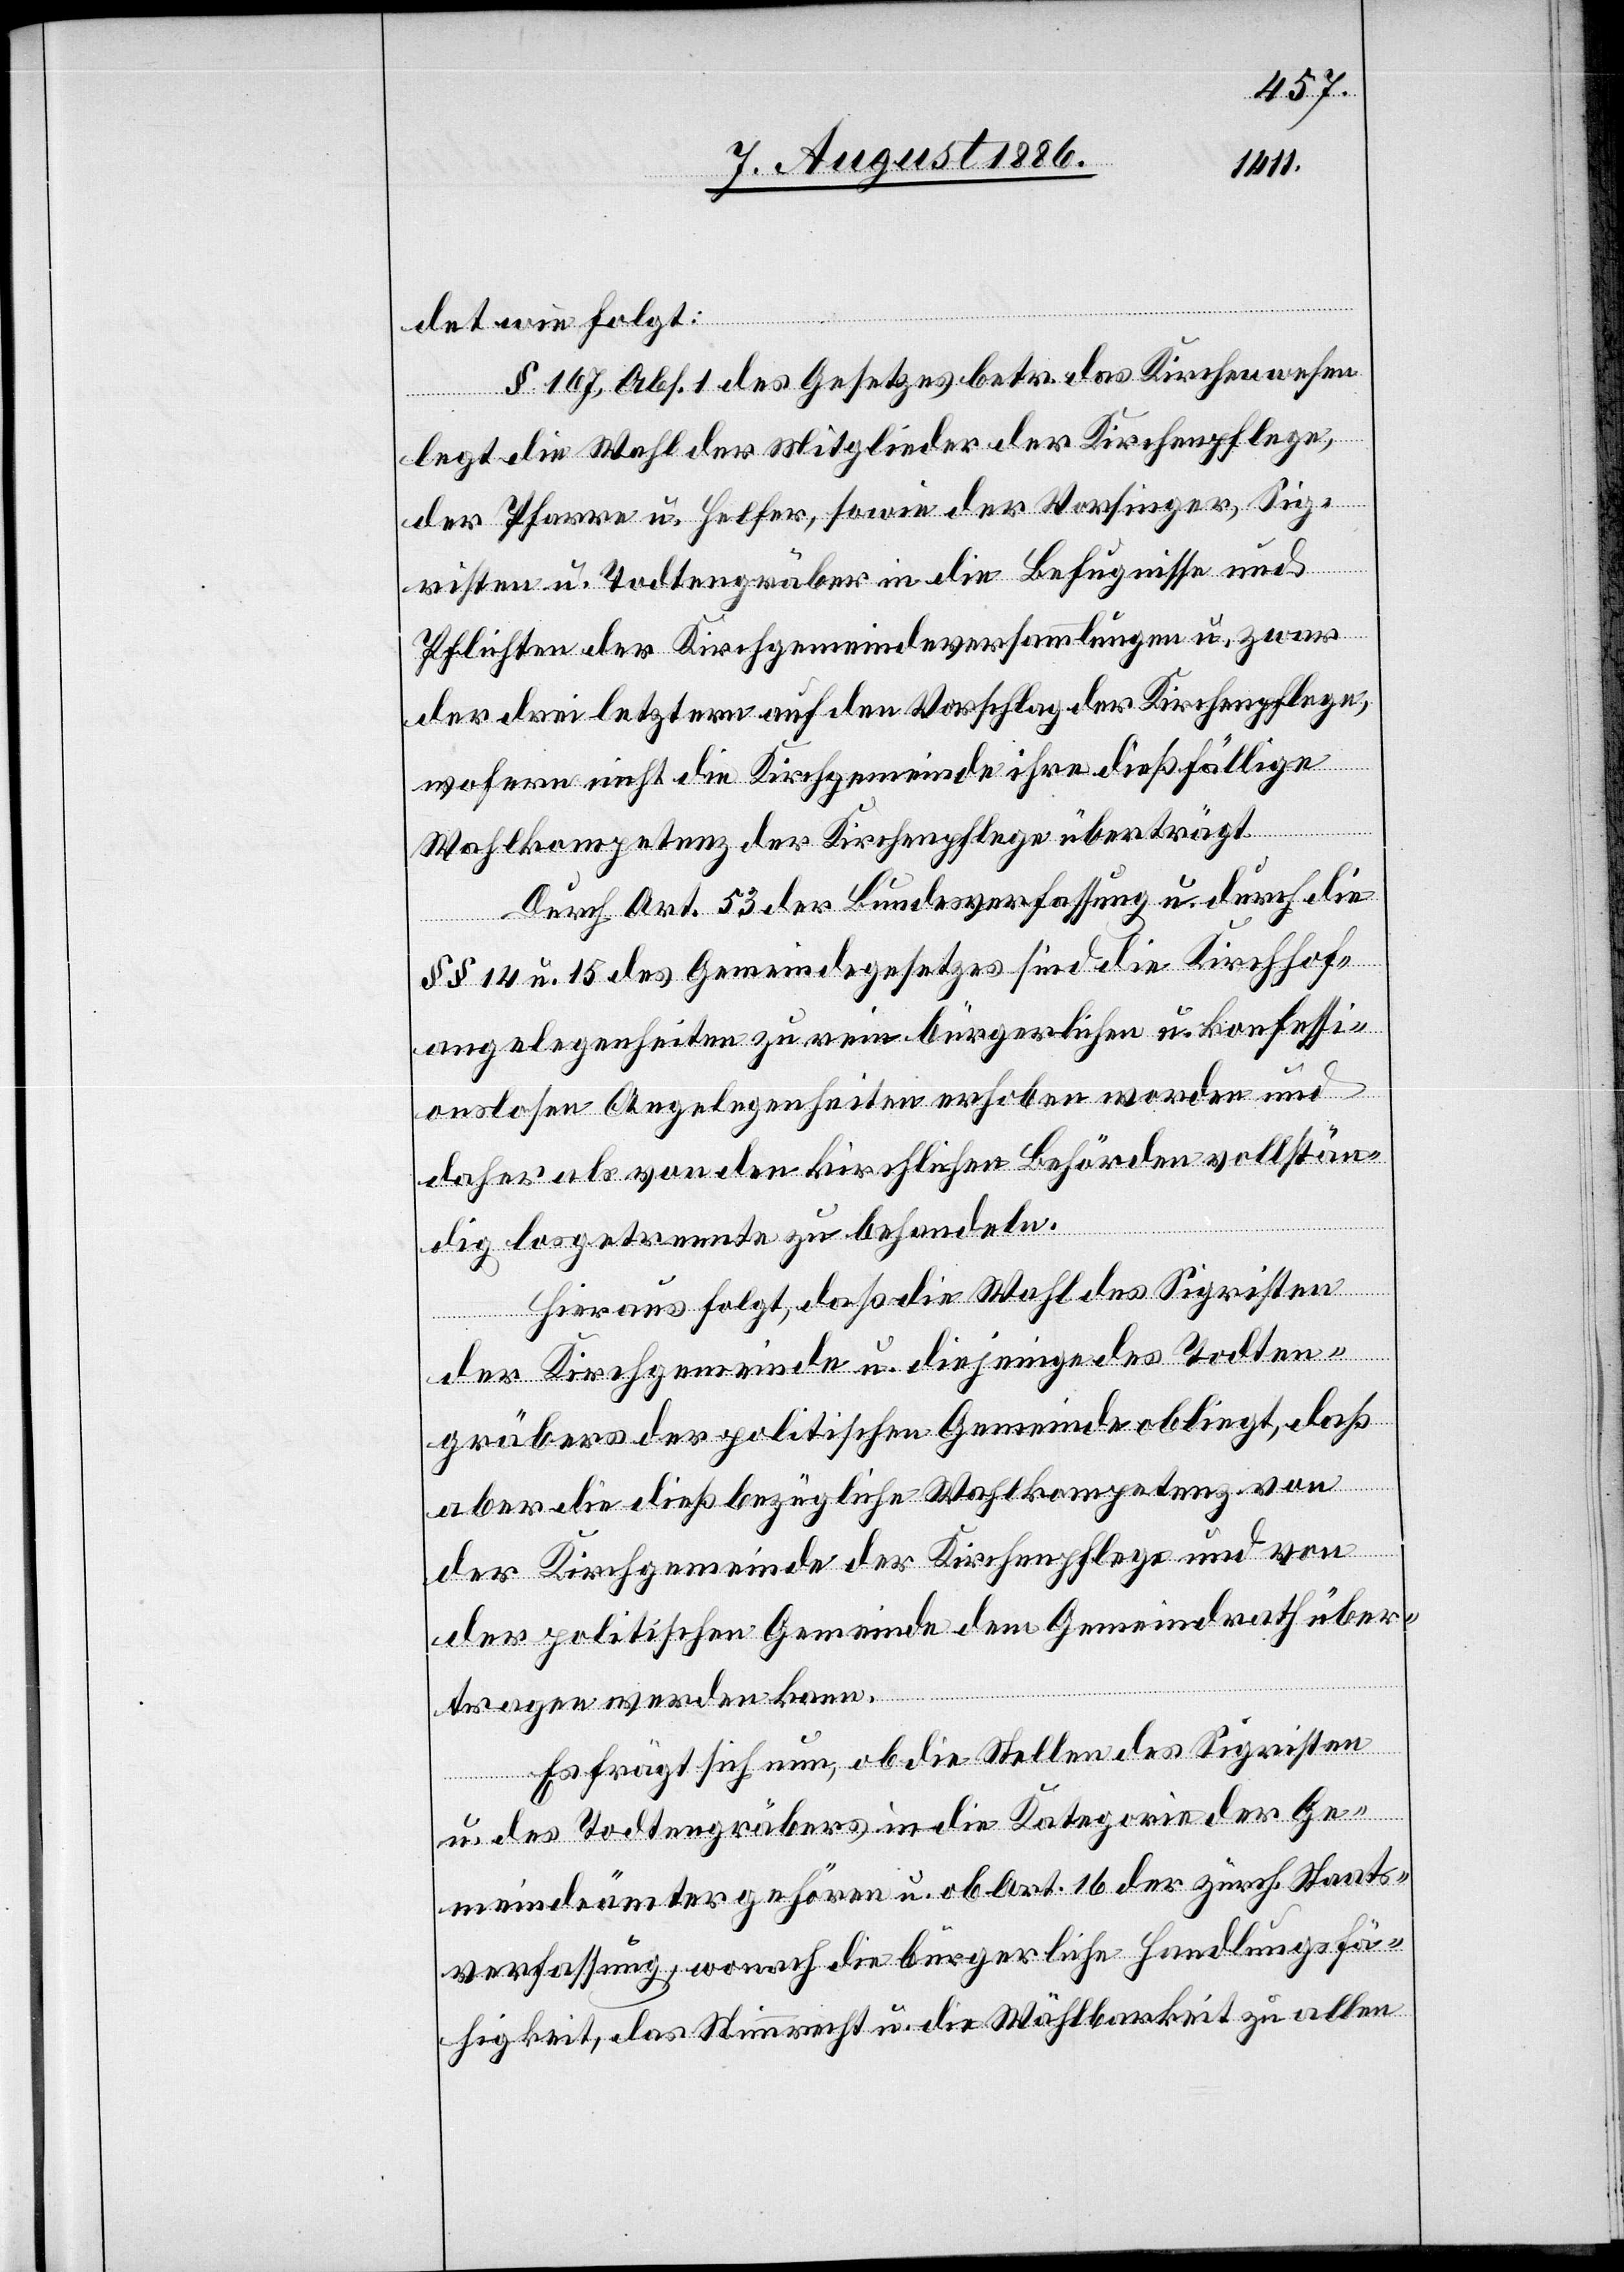
det wie folgt:
§ 167, Abs. 1 des Gesetzes betr. das Kirchenwesen
legt die Wahl der Mitglieder der Kirchenpflege,
der Pfarre u. Helfer, sowie der Vorsinger, Sig¬
risten u. Todtengräber in die Befugnisse und
Pflichten der Kirchgemeindeversammlungen u. zwar
der drei letztern auf den Vorschlag der Kirchenpflege,
wofern nicht die Kirchgemeinde ihre dießfällige
Wahlkompetenz der Kirchenpflege überträgt.
Durch Art. 53 der Bundesverfassung u. durch die
§§ 14 u. 15 des Gemeindegesetzes sind die Kirchhof¬
angelegenheiten zu rein bürgerlichen u. konfessi¬
onslosen Angelegenheiten erhoben worden und
daher als von den kirchlichen Behörden vollstän¬
dig losgetrennte zu behandeln.
Hieraus folgt, daß die Wahl des Sigristen
der Kirchgemeinde u. diejenige des Todten¬
gräbers der politischen Gemeinde obliegt, daß
aber die dießbezügliche Wahlkompetenz von
der Kirchgemeinde der Kirchpflege und von
der politischen Gemeinde dem Gemeindrath über¬
tragen werden kann.
Es frägt sich nun, ob die Stellen des Sigristen
u. des Todtengräbers in die Kategorie der Ge¬
meindeämter gehören u. ob Art. 16 der zürch. Staats¬
verfassung, wonach die bürgerliche Handlungsfä¬
higkeit, das Stimmrecht u. die Wählbarkeit zu allen